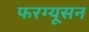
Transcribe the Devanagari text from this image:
फरग्यूसन